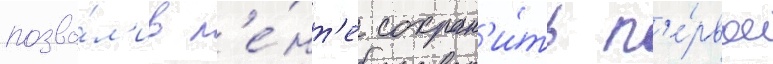
позво́л'ив л'е́нт'е сохран'и́ть п'е́рвое